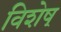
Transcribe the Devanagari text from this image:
विशेष्